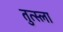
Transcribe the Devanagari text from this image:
तुत्स्ला